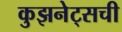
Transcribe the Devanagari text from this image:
कुझनेट्सची